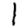
Digit: 1